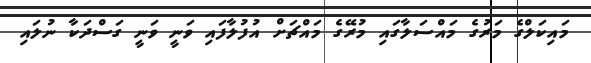
މައިކަލްގެ މަރުގެ މައްސަލާގައި މުރޭގެ މައްޗަށް އުފުލާފައި ވަނީ ވަނީ ގަސްދަކާ ނުލައި